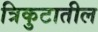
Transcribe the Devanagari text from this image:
त्रिकुटातील